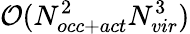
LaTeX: \mathcal{O}(N_{occ+act}^{2}N_{vir}^{3})